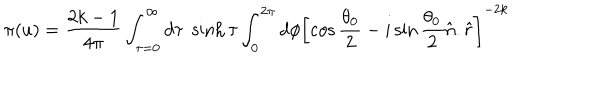
\pi ( u ) = \frac { 2 k - 1 } { 4 \pi } \int _ { \tau = 0 } ^ { \infty } d \tau \; \sinh \tau \int _ { 0 } ^ { 2 \pi } d \phi \left[ \cos \frac { \theta _ { 0 } } { 2 } - i \sin \frac { \theta _ { 0 } } { 2 } \hat { n } . \hat { r } \right] ^ { - 2 k }